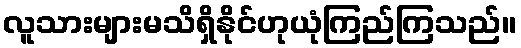
လူသားများမသိရှိနိုင်ဟုယုံကြည်ကြသည်။